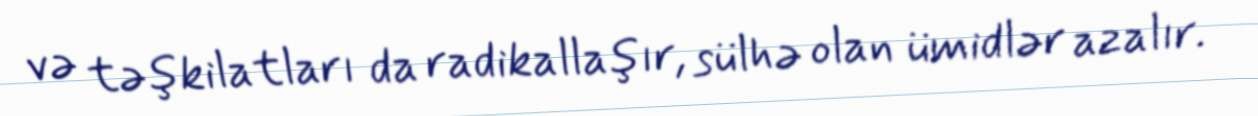
və təşkilatları da radikallaşır, sülhə olan ümidlər azalır.